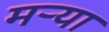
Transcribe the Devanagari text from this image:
मर्‍या